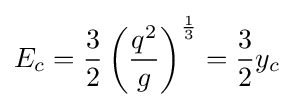
E_{c}={\frac {3}{2}}\left({\frac {q^{2}}{g}}\right)^{\frac {1}{3}}={\frac {3}{2}}y_{c}